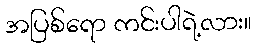
အပြစ်ရော ကင်းပါရဲ့လား။